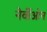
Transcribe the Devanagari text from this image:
नेर्वीओन